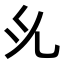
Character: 𭀗